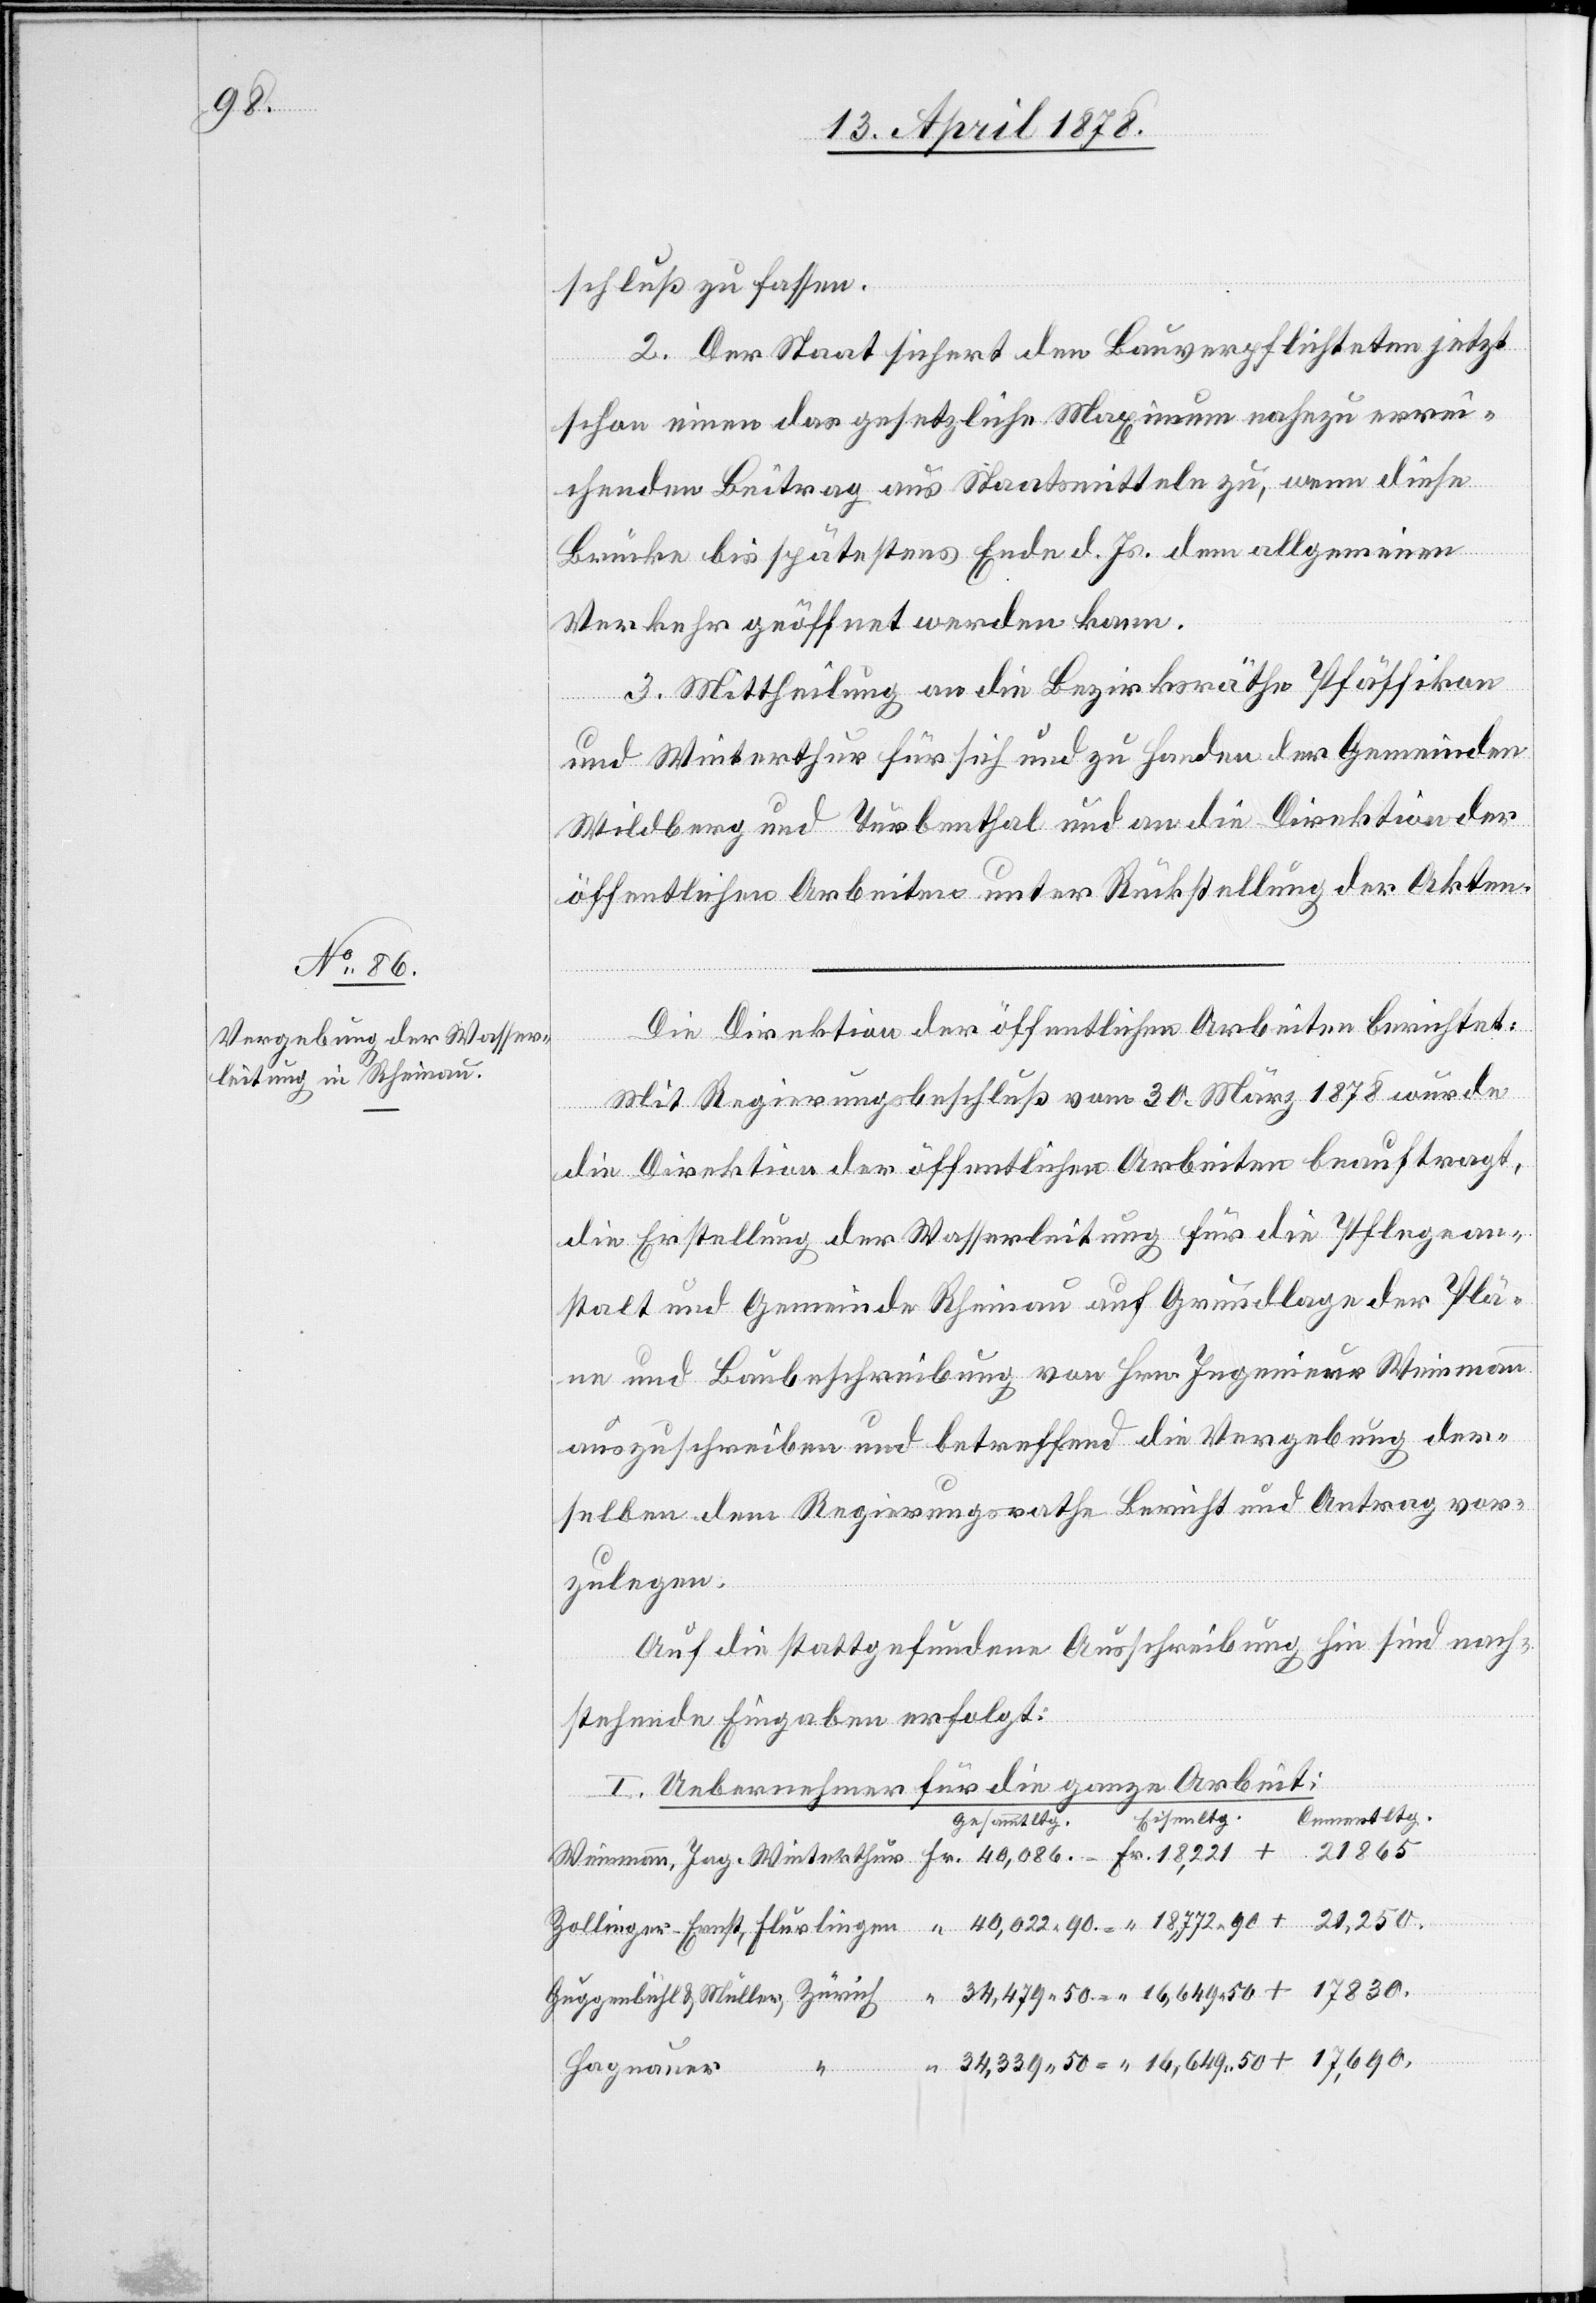
schluß zu fassen.
2. Der Staat sichert den Bauverpflichteten jetzt
schon einen das gesetzliche Maximum nahezu errei¬
chenden Beitrag aus Staatsmitteln zu, wenn diese
+
Brücke bis spätestens Ende d. Js. dem allgemeinen
Verkehr geöffnet werden kann.
3. Mittheilung an die Bezirksräthe Pfäffikon
und Winterthur für sich und zu Handen der Gemeinden
Wildberg und Turbenthal und an die Direktion der
öffentlichen Arbeiten unter Rückstellung der Akten.
Die Direktion der öffentlichen Arbeiten berichtet:
Mit Regierungsbeschluß vom 30. März 1878 wurde
die Direktion der öffentlichen Arbeiten beauftragt,
die Erstellung der Wasserleitung für die Pflegean¬
stalt und Gemeinde Rheinau auf Grundlage der Plä¬
ne und Baubeschreibung von Hrn. Ingenieur Weimann
auszuschreiben und betreffend die Vergebung der¬
selben dem Regierungsrath Bericht und Antrag vor¬
zulegen.
Auf die stattgefundene Ausschreibung hin sind nach¬
stehende Eingaben erfolgt:
I. Uebernehmer für die ganze Arbeit:
Eisenltg.
Cementltg.
Gesammtltg.
21,250
Hagnauer
+